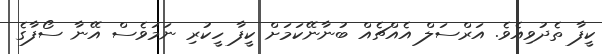
ކީފާ ތެދުވިއެވެ. އަރްސަލް އެއްޗެއް ބުނާނޭކަމަށް ކީފާ ހީކުރި ނަމަވެސް އޭނާ ސޯފާގެ